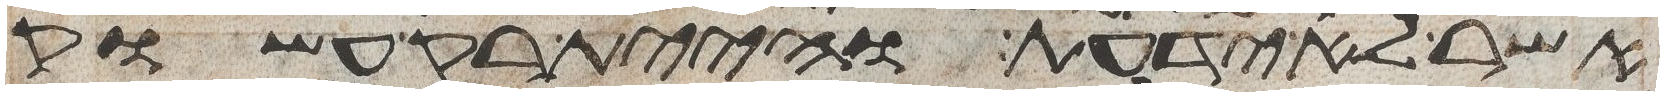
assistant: אשר לא ידעת והיית רק עשוק